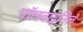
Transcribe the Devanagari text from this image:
पॉलवाइनिल